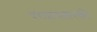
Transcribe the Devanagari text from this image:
वराहावतारकी